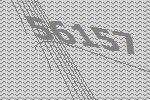
56157